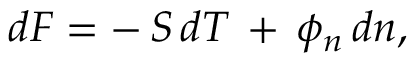
d F = - \, S \, d T \, + \, \phi _ { n } \, d n ,